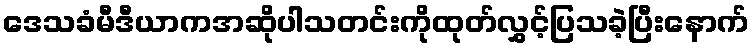
ဒေသခံမီဒီယာကအဆိုပါသတင်းကိုထုတ်လွှင့်ပြသခဲ့ပြီးနောက်